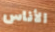
الأناس